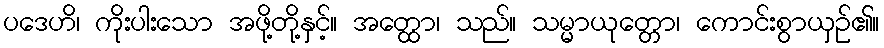
ပဒေဟိ၊ ကိုးပါးသော အဖို့တို့နှင့်။ အတ္ထော၊ သည်။ သမ္မာယုတ္တော၊ ကောင်းစွာယှဉ်၏။